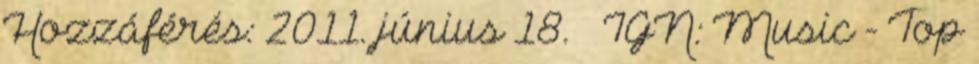
Hozzáférés: 2011. június 18. ↑ IGN: Music - Top